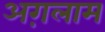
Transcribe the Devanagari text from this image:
अग़लाम